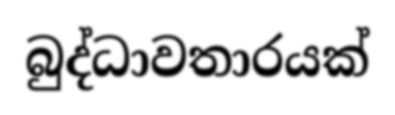
බුද්ධාවතාරයක්